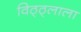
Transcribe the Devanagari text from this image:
विठ्ठ्लाला